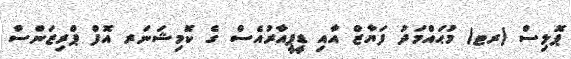
ޕޮލިސް (ރޓ) މުޙައްމަދު ފަޔާޒް އާއި ޑީޕީއާރުއެސް ގެ ކޮމިޝަނަރ އޮފް ޕްރިޒަންސް